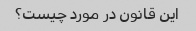
این قانون در مورد چیست؟